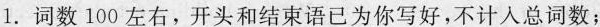
1.词数100左右，开头和结束语已为你写好，不计入总词数；